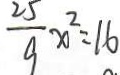
\frac { 2 5 } { 9 } x ^ { 2 } = 1 6